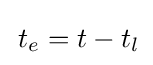
\,t_{e}=t-t_{l}